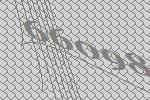
66098